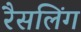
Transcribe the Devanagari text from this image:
रैसलिंग